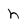
Character: h